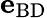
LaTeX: {\mathbf e}_{\mathrm{BD}}